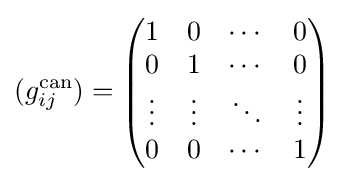
(g_{ij}^{\text{can}})={\begin{pmatrix}1&0&\cdots &0\\0&1&\cdots &0\\\vdots &\vdots &\ddots &\vdots \\0&0&\cdots &1\end{pmatrix}}